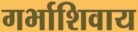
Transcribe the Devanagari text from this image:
गर्भाशिवाय